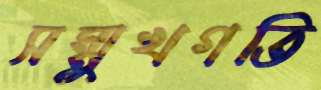
সম্মুখগতি